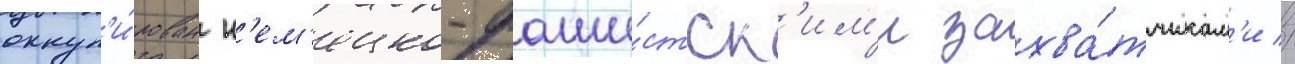
оккуп'и́рован н'ем'ецко-фаши́стск'им'и захва́тчикам'и //